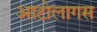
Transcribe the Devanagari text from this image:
आटोलागस